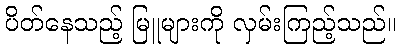
ပိတ်နေသည့် မြူများကို လှမ်းကြည့်သည်။